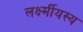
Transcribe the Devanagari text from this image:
लर्क्ष्मीयस्य